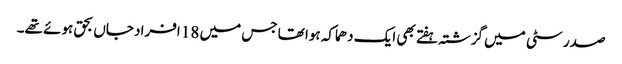
صدر سٹی میں گزشتہ ہفتے بھی ایک دھماکہ ہوا تھا جس میں 18 افراد جاں بحق ہوئے تھے۔